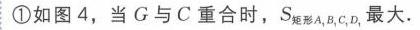
\textcircled{1}如图4，当\(G\)与\(C\)重合时，\(S_{矩形A_{1}B_{1}C_{1}D_{1}}\)最大.